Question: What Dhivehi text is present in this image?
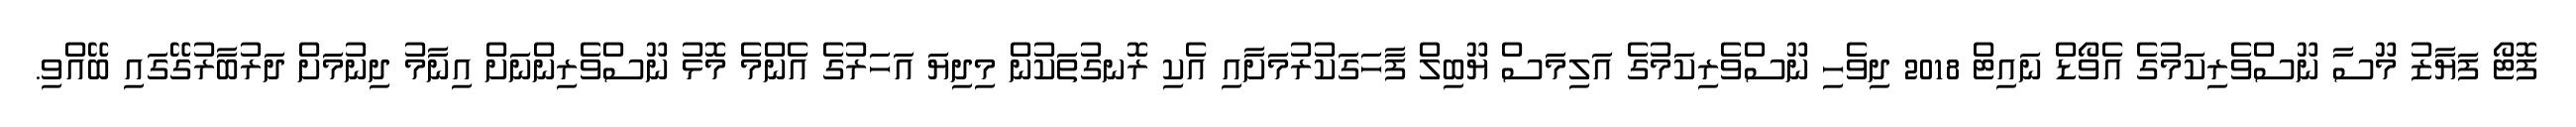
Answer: ފޮޓޯ ފަޔާޒު މޫސާ ނޫސްވެރިކަމުގެ އެވޯޑް ނައިޓް 2018 ދިވެހި ނޫސްވެރިކަމުގެ އަލިމަސް ޔޫބިލް ފާހަގަކުރުމަށާއި އެކި ރޮނގުތަކުން މިދިޔަ އަހަރުގެ އެންމެ މޮޅު ނޫސްވެރިންނަށް އިނާމު ދިނުމަށް ދަރުބާރުގޭގައި ބޭއްވި.